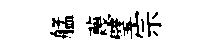
艋蔑璧宗